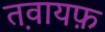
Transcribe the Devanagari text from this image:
त़वायफ़